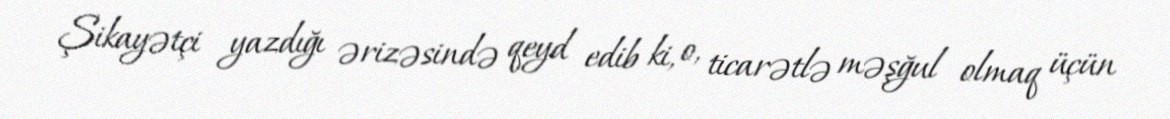
Şikayətçi yazdığı ərizəsində qeyd edib ki, o, ticarətlə məşğul olmaq üçün